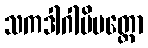
သကဒါဂါမိပတ္တော